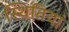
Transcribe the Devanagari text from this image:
स्‍थितियां